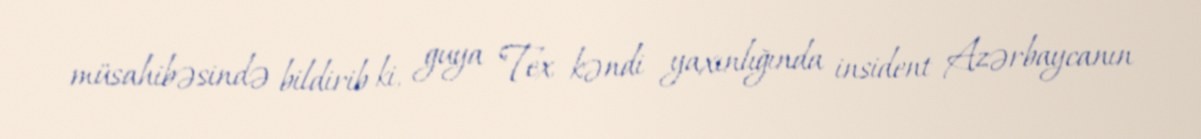
müsahibəsində bildirib ki, guya "Tex kəndi yaxınlığında insident Azərbaycanın